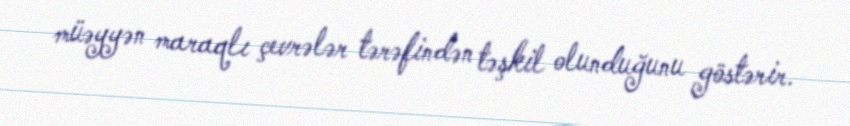
müəyyən maraqlı çevrələr tərəfindən təşkil olunduğunu göstərir.